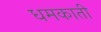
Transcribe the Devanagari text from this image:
धमकाती